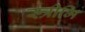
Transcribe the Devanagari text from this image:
स्त्रीभि